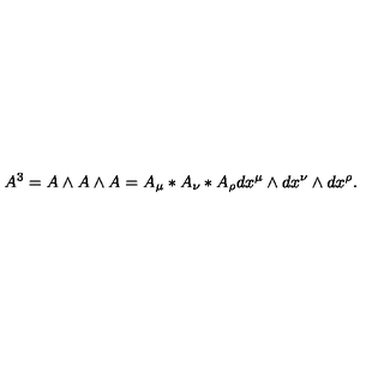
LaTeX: A ^ { 3 } = A \wedge A \wedge A = A _ { \mu } * A _ { \nu } * A _ { \rho } d x ^ { \mu } \wedge d x ^ { \nu } \wedge d x ^ { \rho } .